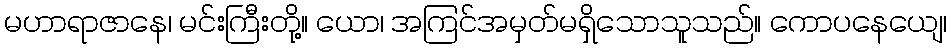
မဟာရာဇာနေ၊ မင်းကြီးတို့။ ယော၊ အကြင်အမှတ်မရှိသောသူသည်။ ကောပနေယျေ၊